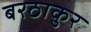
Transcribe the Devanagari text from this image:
बरठाकुर